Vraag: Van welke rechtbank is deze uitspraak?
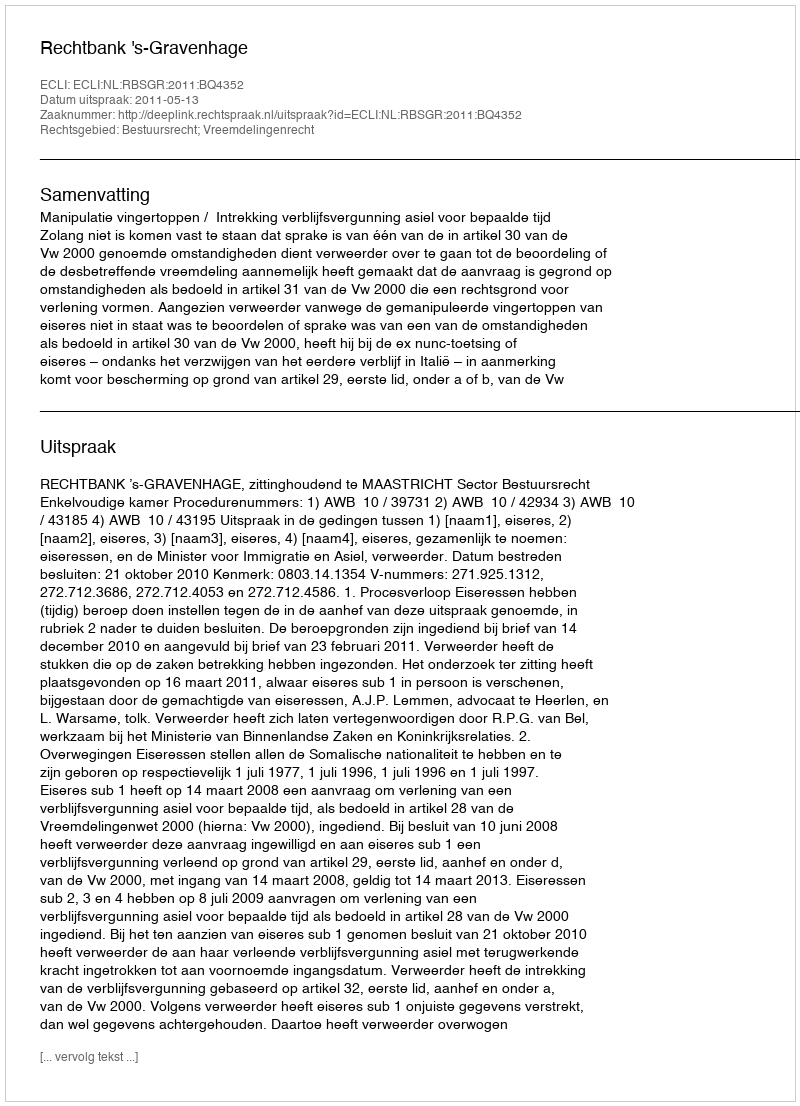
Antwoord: Rechtbank 's-Gravenhage